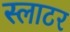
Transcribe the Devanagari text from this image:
स्लाटर